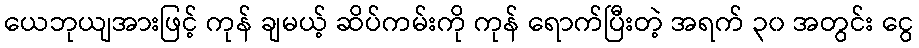
ယေဘုယျအားဖြင့် ကုန် ချမယ့် ဆိပ်ကမ်းကို ကုန် ရောက်ပြီးတဲ့ အရက် ၃၀ အတွင်း ငွေ